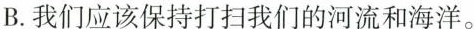
B.我们应该保持打扫我们的河流和海洋。